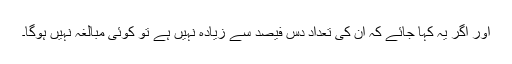
اور اگر یہ کہا جائے کہ ان کی تعداد دس فیصد سے زیادہ نہیں ہے تو کوئی مبالغہ نہیں ہوگا۔